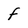
Character: f